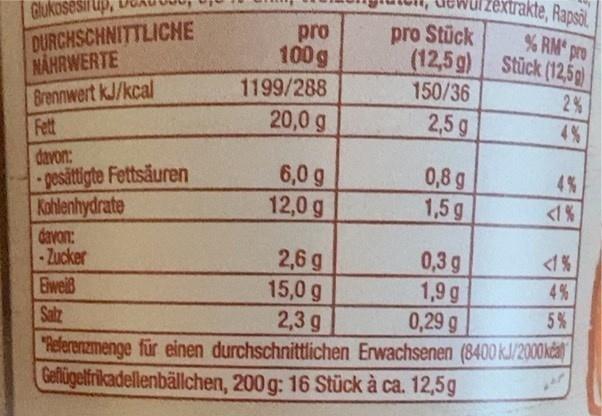
akte, Rapsil
Izexr % RM pro Stück (12,5g)
Glukosesi up,
pro Stück (12,5g)
DURCHSCHNITTLICHNE NAHRWERTE Brennwert kJ/kcal Fett
pro 100g
1199/288
150/36
2%
20,0 g
2,5 g
4%
davon: pesättigte Fettsäuren Kahlenhydrate
6,0 g 12,0 g
0,8 g 1,5 g
4%
<1%
davon: - Zucker
0,3 g 1,9 g 0,29 g
<1 %
2,6 g 15,0 g
4 %
Eweiß
5%
2,3 g Referenzmenge für einen durchschnittlichen Erwachsenen (8400 kJ/2000kdat Gefligetfrikadellenbällchen, 200 g: 16 Stück à ca. 12,5g
Salz